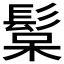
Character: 𩭚